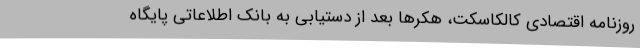
روزنامه اقتصادی کالکاسکت، هکرها بعد از دستیابی به بانک اطلاعاتی پایگاه